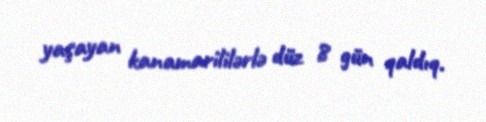
yaşayan kanamarililərlə düz 8 gün qaldıq.